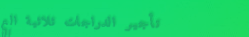
تأجير الدراجات ثلاثية الع